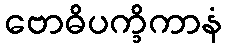
ဗောဓိပက္ခိကာနံ